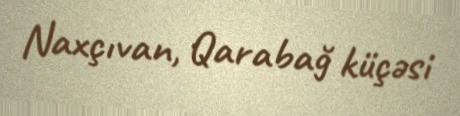
Naxçıvan, Qarabağ küçəsi